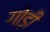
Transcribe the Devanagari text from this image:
गोड़ी